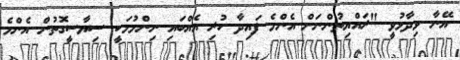
އޭނާ ވިދާޅުވީ "ރައްޔިތުންނަށް އެންމެ ފައިދާ ހުރި އެއްބައި ނިންމުމަކީ ސިޔާސީގޮތުން އެންމެ